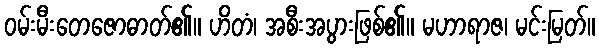
ဝမ်းမီးတေဇောဓာတ်၏။ ဟိတံ၊ အစီးအပွားဖြစ်၏။ မဟာရာဇ၊ မင်းမြတ်။